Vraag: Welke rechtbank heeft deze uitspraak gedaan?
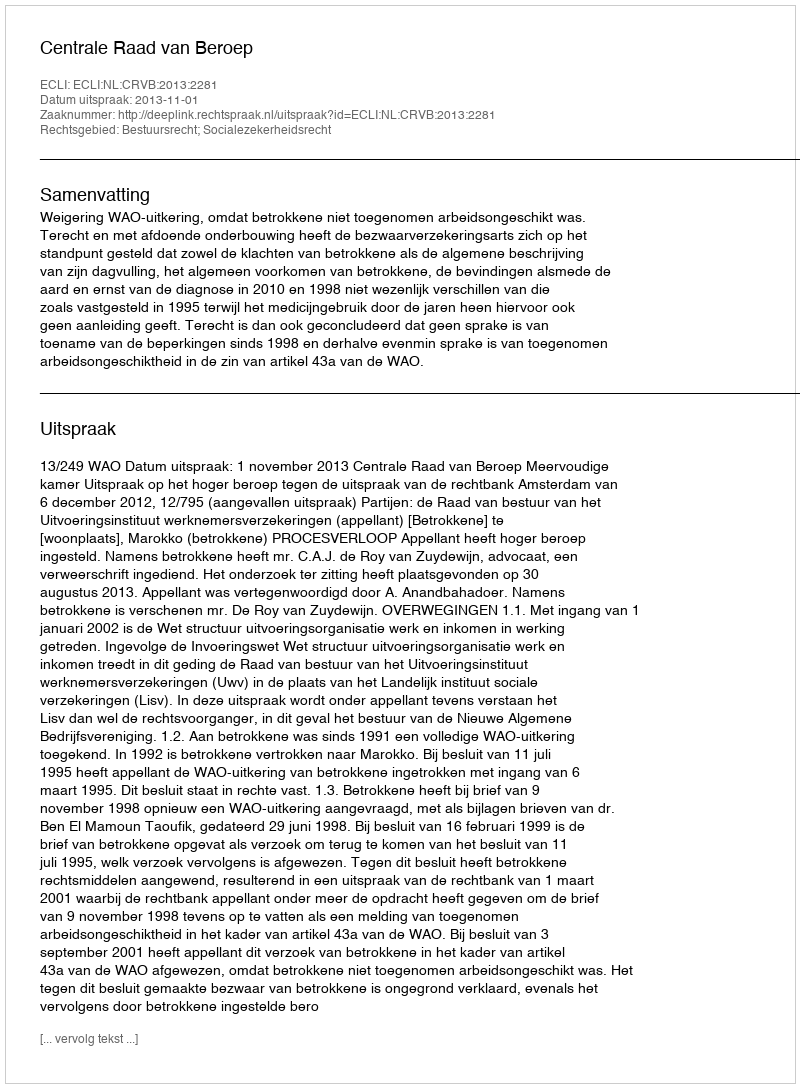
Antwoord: Centrale Raad van Beroep